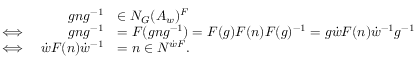
\begin{array} { r } { \begin{array} { l r l } & { g n g ^ { - 1 } } & { \in N _ { G } ( A _ { w } ) ^ { F } } \\ { \iff } & { g n g ^ { - 1 } } & { = F ( g n g ^ { - 1 } ) = F ( g ) F ( n ) F ( g ) ^ { - 1 } = g \dot { w } F ( n ) \dot { w } ^ { - 1 } g ^ { - 1 } } \\ { \iff } & { \dot { w } F ( n ) \dot { w } ^ { - 1 } } & { = n \in N ^ { \dot { w } F } . } \end{array} } \end{array}